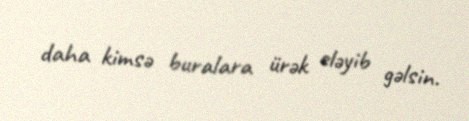
daha kimsə buralara ürək eləyib gəlsin.